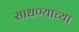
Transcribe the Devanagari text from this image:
साधण्याच्या